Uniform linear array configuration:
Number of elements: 12
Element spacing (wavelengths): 0.5
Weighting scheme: hann
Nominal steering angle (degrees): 0
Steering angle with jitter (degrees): -1.414
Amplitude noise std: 0.05
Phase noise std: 0.05

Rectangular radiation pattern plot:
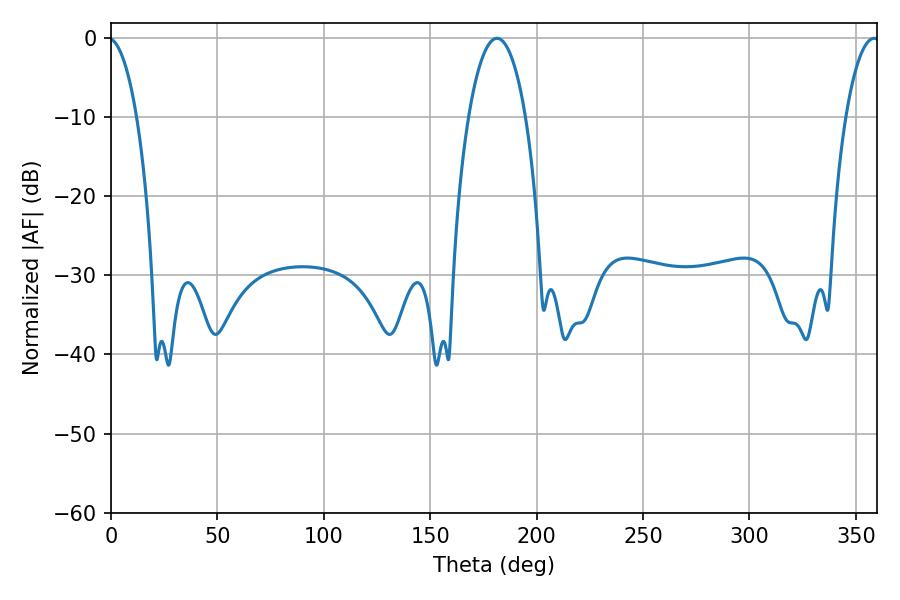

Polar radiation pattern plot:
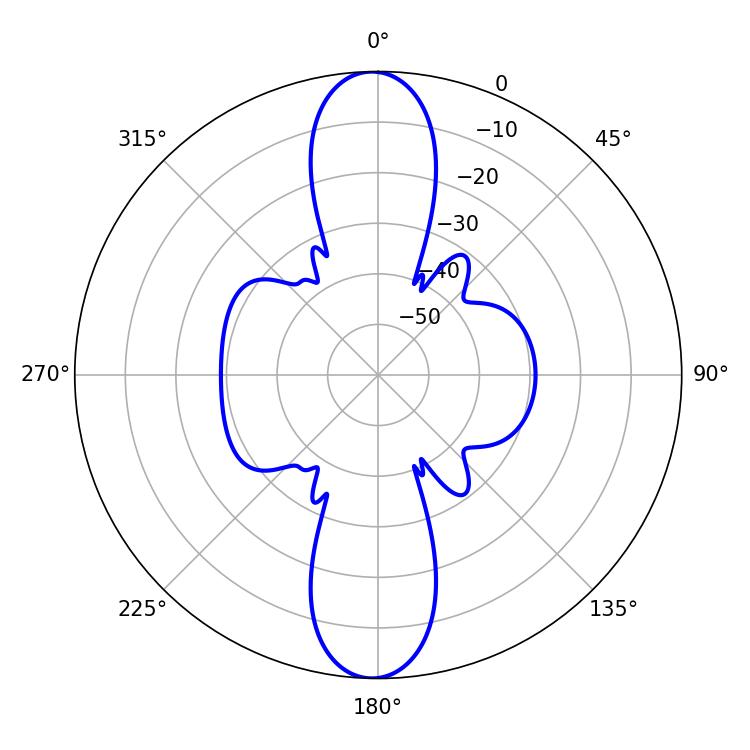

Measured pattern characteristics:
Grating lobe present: FALSE
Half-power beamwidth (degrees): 14.94
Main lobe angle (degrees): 181.44